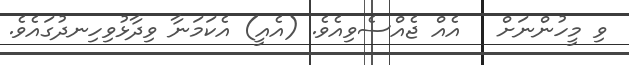
ވި މީހުންނަށް   އެއް ޖެއްސެވިއެވެ. (އެއީ) އެކަމަނާ ވިދާޅުވިހިނދުގައެވެ.